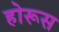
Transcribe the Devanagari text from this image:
होरूस